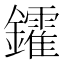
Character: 𨯟